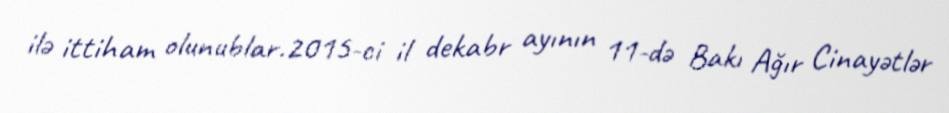
ilə ittiham olunublar.2015-ci il dekabr ayının 11-də Bakı Ağır Cinayətlər